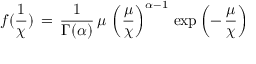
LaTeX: f ( \frac { 1 } { \chi } ) \, = \, \frac { 1 } { \Gamma ( \alpha ) } \, \mu \, \left( \frac { \mu } { \chi } \right) ^ { \alpha - 1 } \, \exp \left( - \, \frac { \mu } { \chi } \right)